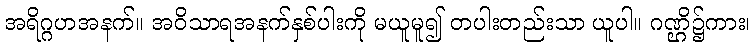
အရိဂ္ဂဟအနက်။ အဝိသာရအနက်နှစ်ပါးကို မယူမူ၍ တပါးတည်းသာ ယူပါ။ ဂဏ္ဌိ၌ကား၊